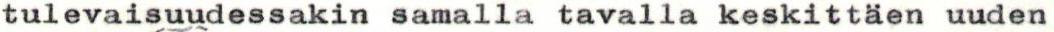
tulevaisuudessakin samalla tavalla keskittäen uuden